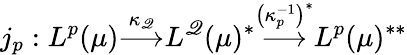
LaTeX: j_{p}:L^{p}(\mu){\overset{\kappa_{\mathscr{Q}}}{\longrightarrow}}L^{\mathscr{Q}}(\mu)^{*}{\overset{\left(\kappa_{p}^{-1}\right)^{*}}{\longrightarrow}}L^{p}(\mu)^{**}